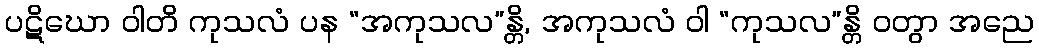
ပဋိဃော ဝါတိ ကုသလံ ပန “အကုသလ”န္တိ, အကုသလံ ဝါ “ကုသလ”န္တိ ဝတွာ အညေ